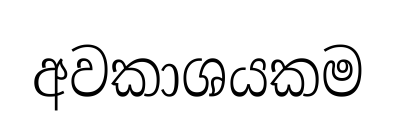
අවකාශයකම